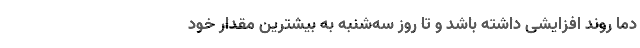
دما روند افزایشی داشته باشد و تا روز سه‌شنبه به بیشترین مقدار خود